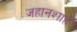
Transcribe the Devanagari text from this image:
जहानशाह